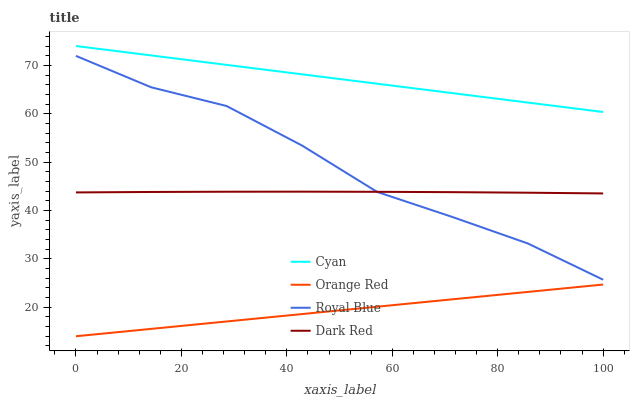
| xaxis_label | Cyan | Orange Red | Royal Blue | Dark Red |
 | --- | --- | --- | --- | --- |
 | 0 | 74 | 14 | 72 | 43.7 |
 | 14.3 | 72.1 | 15.5 | 65.5 | 43.8 |
 | 28.6 | 70.1 | 17.1 | 61.6 | 43.9 |
 | 42.9 | 68.2 | 18.6 | 53.4 | 43.9 |
 | 57.1 | 66.2 | 20.1 | 43.8 | 43.9 |
 | 71.4 | 64.3 | 21.6 | 38.6 | 43.8 |
 | 85.7 | 62.3 | 23.2 | 33.2 | 43.7 |
 | 100 | 60.4 | 24.7 | 25.7 | 43.5 |